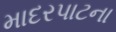
માદરપાટના